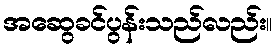
အဆွေခင်ပွန်းသည်လည်း။